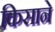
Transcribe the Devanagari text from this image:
किसाने